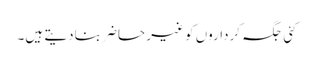
کئی جگہ کرداروں کو غیر حاضر بنادیتے ہیں۔